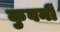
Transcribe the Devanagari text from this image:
कुवर्नी